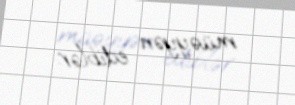
müəyyən ediblər.